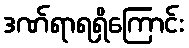
ဒဏ်ရာရရှိကြောင်း